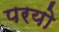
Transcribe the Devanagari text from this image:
परयो